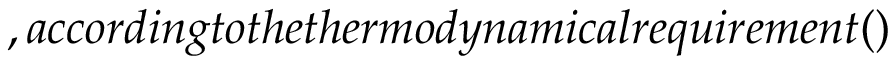
, a c c o r d i n g t o t h e t h e r m o d y n a m i c a l r e q u i r e m e n t ( )